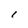
Character: i